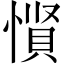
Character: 𪬡